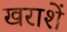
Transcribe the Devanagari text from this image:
खराशें